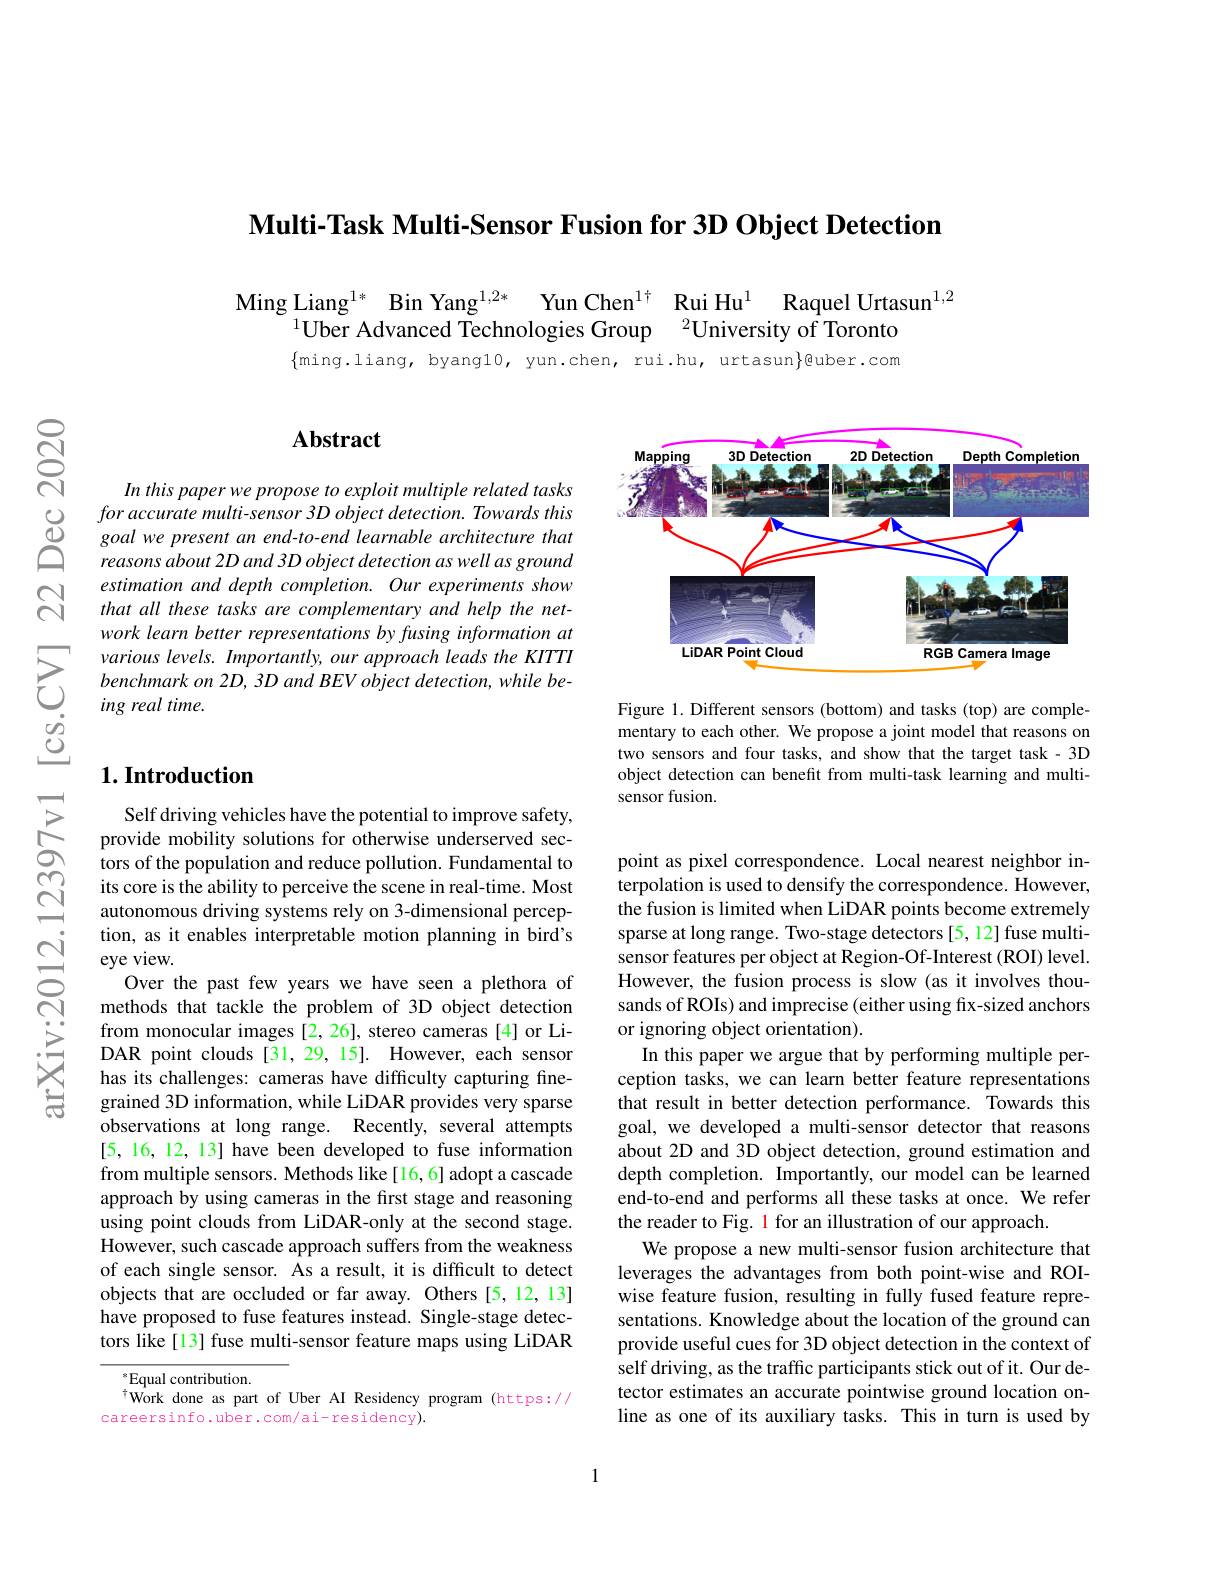
Multi-Task Multi-Sensor Fusion for 3D Object Detection

Ming Liang$^{1* }$ Bin Yang$^{1, 2* }$ Yun Chen$^{1\dagger }$ Rui Hu$^1$ Raquel Urtasun$^{1,2}$
$^{1}\tilde{\text{Uber Advanced Technologies Group}}\:^{2}\tilde{\text{University of Toronto}}$

$\{$ming.liang, byang10, yun.chen, rui.hu, urtasun$\}$@uber.com

$ଟ୍ରି$

## $\mathbf{Abstract}$

In this paper we propose to exploit multiple related tasks
$\begin{array}{ccc}{\textcircled{1}}&{foraccurate\:multi-sensor\:3D\:object\:detection.Towards\:this}\\{\textcircled{0}}&{goal\:we\:present\:an\:end-to-end\:learnable\:architecture\:that}\\{\textcircled{1}}&{reasons\:about\:2D\:and\:3D\:object\:detection\:as\:well\:as\:ground}\end{array}$ $\bigcap_{\begin{array}{cc}&estimation&and&depth&completion.&Our&experiments&show\\\hline&that&all&these&tasks&are&complementary&and&help&the&net-\end{array}}$
work learn better representations by fusing information at various levels. Importantly, our approach leads the KITTI benchmark on 2D, 3D and BEV object detection, while being real time.

## $1. \textbf{Introduction}$

Self driving vehicles have the potential to improve safety, provide mobility solutions for otherwise underserved sec- $\hat{\text{tors of the population and reduce pollution. Fundamental to}}$ its core is the ability to perceive the scene in real-time. Most autonomous driving systems rely on 3-dimensional perception, as it enables interpretable motion planning in bird's eye view.
Over the past few years we have seen a plethora of methods that tackle the problem of 3D object detection from monocular images [2,26], stereo cameras [4] or LiDAR point clouds [31,29,15]. However, each sensor has its challenges: cameras have difficulty capturing finegrained 3D information, while LiDAR provides very sparse observations at long range. Recently, several attempts [5, 16, 12, 13] have been developed to fuse information from multiple sensors. Methods like[16,6] adopt a cascade approach by using cameras in the first stage and reasoning using point clouds from LiDAR-only at the second stage. However, such cascade approach suffers from the weakness of each single sensor. As a result, it is difficult to detect objects that are occluded or far away. Others [5,12,13] have proposed to fuse features instead. Single-stage detectors like[13] fuse multi-sensor feature maps using LiDAR

$^*$Equal contribution.
$^{\dagger}$Work done as part of Uber AI Residency program (https://
careersinfo.uber.com/ai-residency).

<FigureHere>

Figure 1. Different sensors (bottom) and tasks (top) are complementary to each other. We propose a joint model that reasons on two sensors and four tasks, and show that the target task -3D object detection can benefit from multi-task learning and multisensor fusion.

point as pixel correspondence. Local nearest neighbor interpolation is used to densify the correspondence. However, the fusion is limited when LiDAR points become extremely sparse at long range. Two-stage detectors [5, 12] fuse multisensor features per object at Region-Of-Interest (ROI) level. However, the fusion process is slow (as it involves thousands of ROIs) and imprecise (either using fix-sized anchors or ignoring object orientation).
In this paper we argue that by performing multiple perception tasks, we can learn better feature representations that result in better detection performance. Towards this goal, we developed a multi-sensor detector that reasons about 2D and 3D object detection, ground estimation and depth completion. Importantly, our model can be learned end-to-end and performs all these tasks at once. We refer the reader to Fig. 1 for an illustration of our approach.
We propose a new multi-sensor fusion architecture that leverages the advantages from both point-wise and ROIwise feature fusion, resulting in fully fused feature representations. Knowledge about the location of the ground can provide useful cues for 3D object detection in the context of self driving, as the traffic participants stick out of it. Our detector estimates an accurate pointwise ground location online as one of its auxiliary tasks. This in turn is used by

1